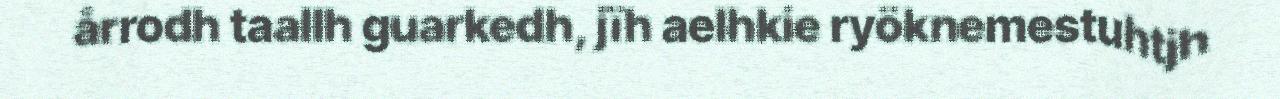
årrodh taallh guarkedh, jïh aelhkie ryöknemestuhtjh